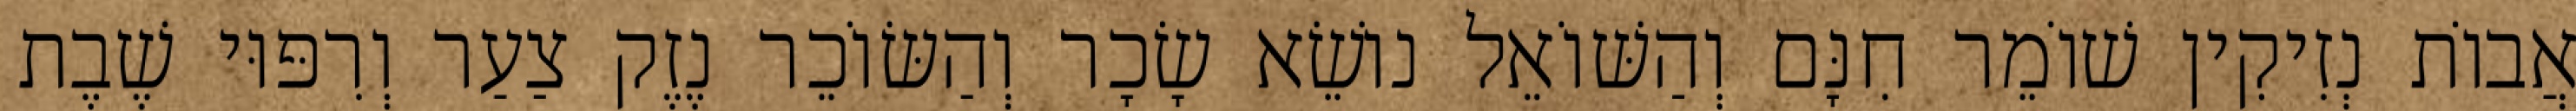
אֲבוֹת נְזִיקִין שׁוֹמֵר חִנָּם וְהַשּׁוֹאֵל נוֹשֵׂא שָׂכָר וְהַשּׂוֹכֵר נֶזֶק צַעַר וְרִפּוּי שֶׁבֶת